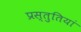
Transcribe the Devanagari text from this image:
प्रस्‍तुतियां